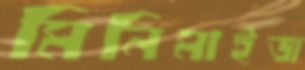
মিনিমাইজ